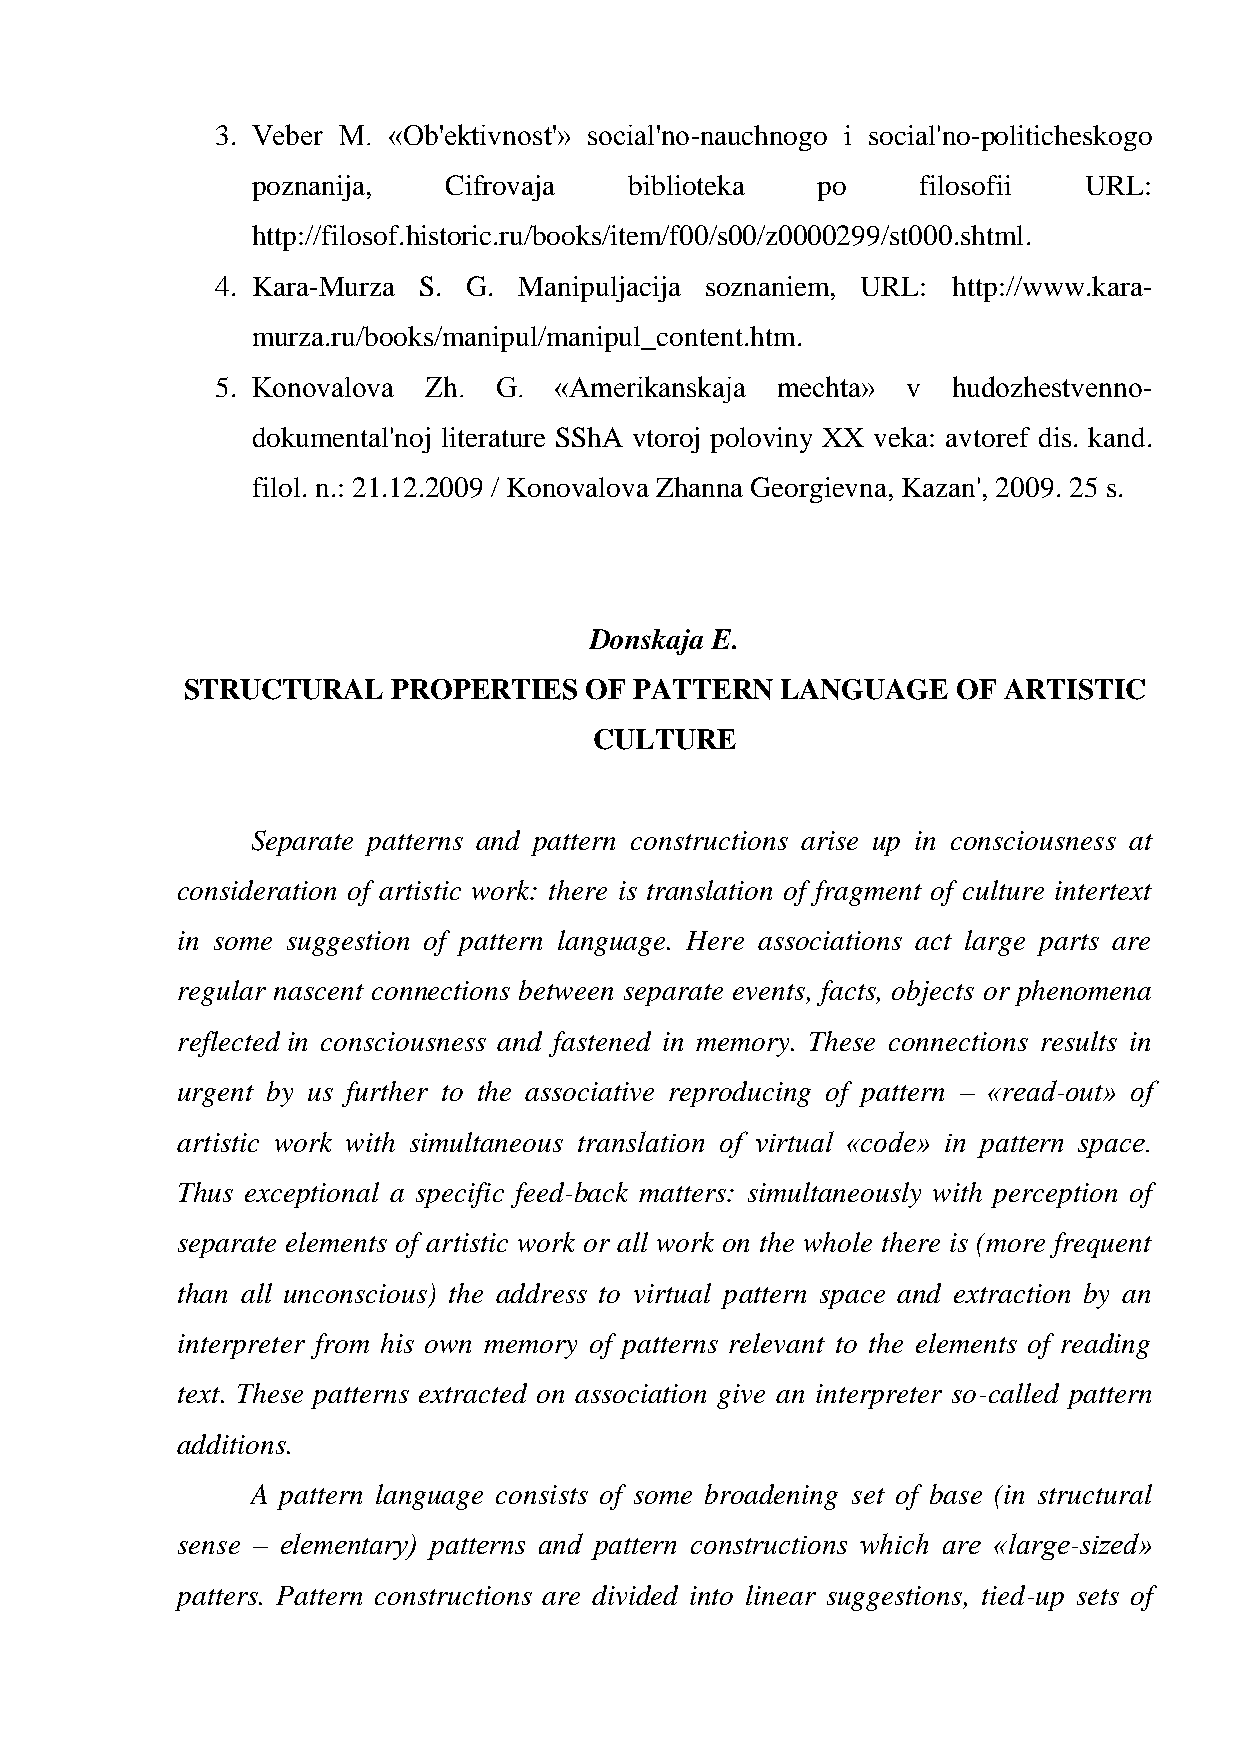
3. Veber M. «Ob'ektivnost'» social'no-nauchnogo i social'no-politicheskogo
 poznanija,   Cifrovaja   biblioteka  po     filosofii  URL:
 http://filosof.historic.ru/books/item/f00/s00/z0000299/st000.shtml.
 4. Kara-Murza S. G. Manipuljacija soznaniem, URL: http://www.kara-
 murza.ru/books/manipul/manipul_content.htm.
 5. Konovalova Zh.  G.  «Amerikanskaja mechta» v  hudozhestvenno-
 dokumental'noj literature SShA vtoroj poloviny XX veka: avtoref dis. kand.
 filol. n.: 21.12.2009 / Konovalova Zhanna Georgievna, Kazan', 2009. 25 s.
 Donskaja E.
 STRUCTURAL    PROPERTIES   OF PATTERN   LANGUAGE   OF ARTISTIC
 CULTURE
 Separate patterns and pattern constructions arise up in consciousness at
 consideration of artistic work: there is translation of fragment of culture intertext
 in some suggestion of pattern language. Here associations act large parts are
 regular nascent connections between separate events, facts, objects or phenomena
 reflected in consciousness and fastened in memory. These connections results in
 urgent by us further to the associative reproducing of pattern – «read-out» of
 artistic work with simultaneous translation of virtual «code» in pattern space.
 Thus exceptional a specific feed-back matters: simultaneously with perception of
 separate elements of artistic work or all work on the whole there is (more frequent
 than all unconscious) the address to virtual pattern space and extraction by an
 interpreter from his own memory of patterns relevant to the elements of reading
 text. These patterns extracted on association give an interpreter so-called pattern
 additions.
 A pattern language consists of some broadening set of base (in structural
 sense – elementary) patterns and pattern constructions which are «large-sized»
 patters. Pattern constructions are divided into linear suggestions, tied-up sets of